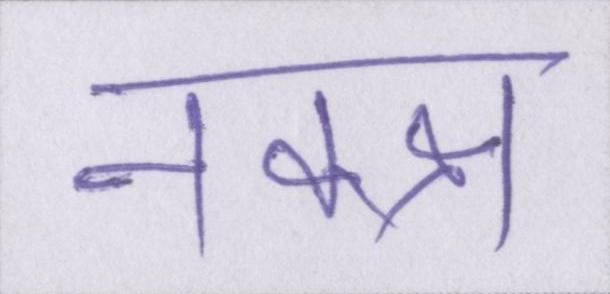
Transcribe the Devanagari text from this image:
नक्क्ष